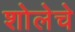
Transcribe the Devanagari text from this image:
शोलेचे